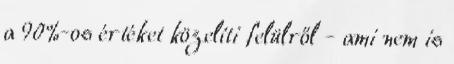
a 90%-os értéket közelíti felülről - ami nem is